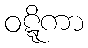
ဝဋ္ဋိကာ